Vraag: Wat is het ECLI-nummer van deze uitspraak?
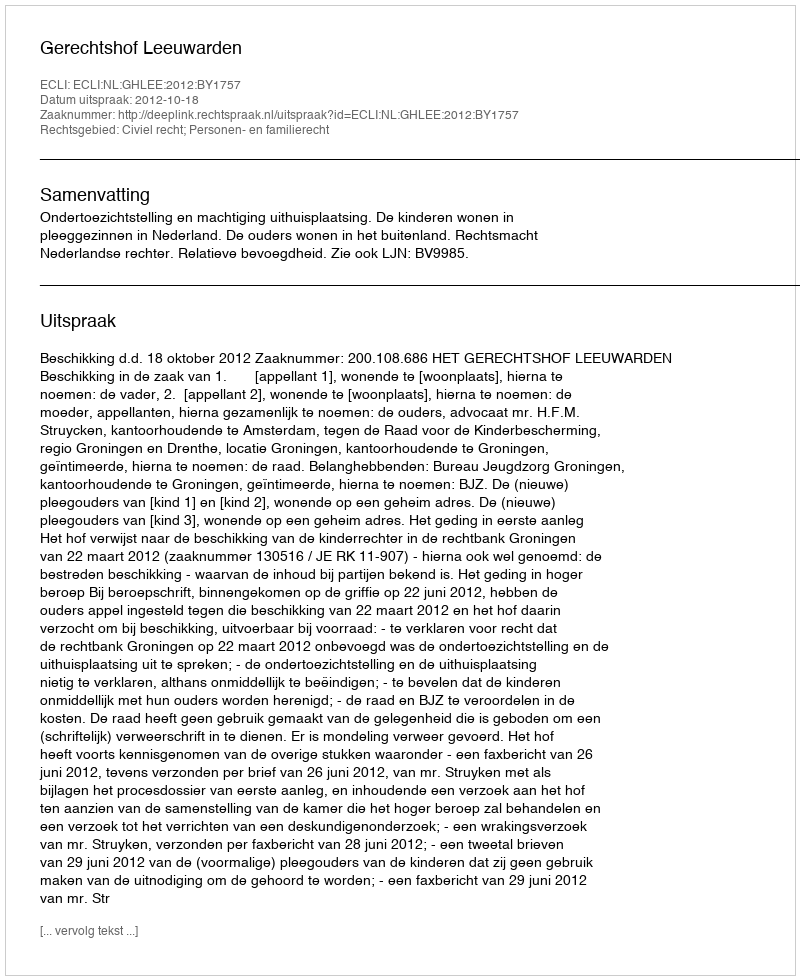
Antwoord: ECLI:NL:GHLEE:2012:BY1757